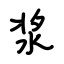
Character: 浆